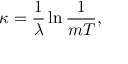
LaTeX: \kappa = { \frac { 1 } { \lambda } } \ln { \frac { 1 } { m T } } ,